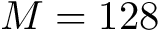
M = 1 2 8